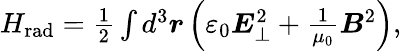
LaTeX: \begin{array}{r}{H_{\mathrm{rad}}=\frac{1}{2}\int d^{3}\boldsymbol{r}\left(\varepsilon_{0}\boldsymbol{E}_{\perp}^{2}+\frac{1}{\mu_{0}}\boldsymbol{B}^{2}\right),}\end{array}